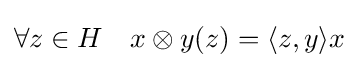
\forall z\in H\quad x\otimes y(z)=\langle z,y\rangle x